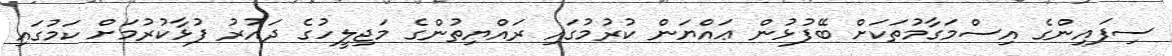
ސިފައިންގެ އިސްމަގާމުތަކަށް ބޭފުޅުން ޢައްޔަން ކުރުމުގައި ރައްޔިތުންގެ މަޖިލީހުގެ ދައުރު ފުޅާކުރުމަށް ކަމުގައި